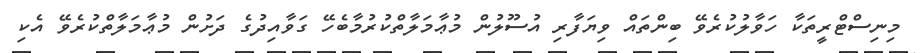
މިނިސްޓްރީތަކާ ހަވާލުކުރެވޭ ބިންތައް ވިޔަފާރި އުސޫލުން މުޢާމަލާތްކުރުމާބެހޭ ގަވާއިދުގެ ދަށުން މުޢާމަލާތްކުރެވޭ އެކި